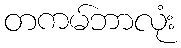
တကမ်ဘာလုံး